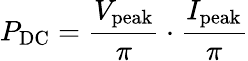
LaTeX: P_{\mathrm{DC}}={\frac{V_{\mathrm{peak}}}{\pi}}\cdot{\frac{I_{\mathrm{peak}}}{\pi}}